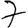
Digit: 7